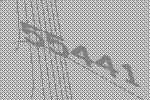
55441